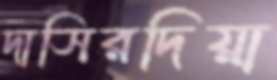
দাসিরদিয়া